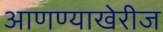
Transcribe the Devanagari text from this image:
आणण्याखेरीज